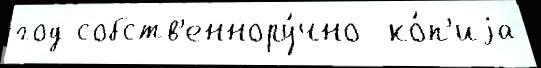
год собств'еннору́чно  ко́п'иjа